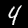
Label: 4